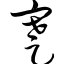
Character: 蹇